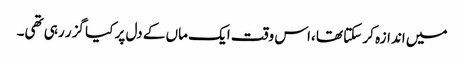
میں اندازہ کر سکتا تھا ،اس وقت ایک ماں کے دل پر کیا گزر رہی تھی۔